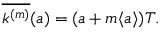
\overline { { k ^ { ( m ) } } } ( a ) = ( a + m \langle a \rangle ) T .